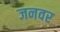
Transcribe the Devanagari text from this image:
जनवर